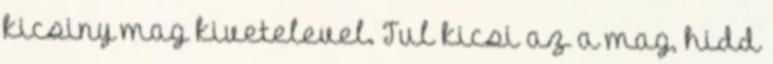
kicsiny mag kivetelevel. Tul kicsi az a mag, hidd